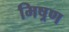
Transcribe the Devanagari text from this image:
मिष्रण